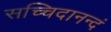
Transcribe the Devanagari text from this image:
सच्चिदानन्दं